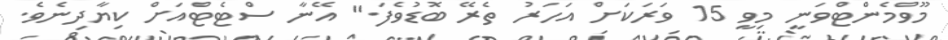
މޫވްމެންޓްވަނީ މިވީ 15 ވަރަކަށް އަހަރު ތެރޭ ބޮޑުވެފަ." އޭނާ ސްޓެޓްއަށް ކިޔާދިނެވެ.